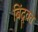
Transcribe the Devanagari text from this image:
बिंदूवत